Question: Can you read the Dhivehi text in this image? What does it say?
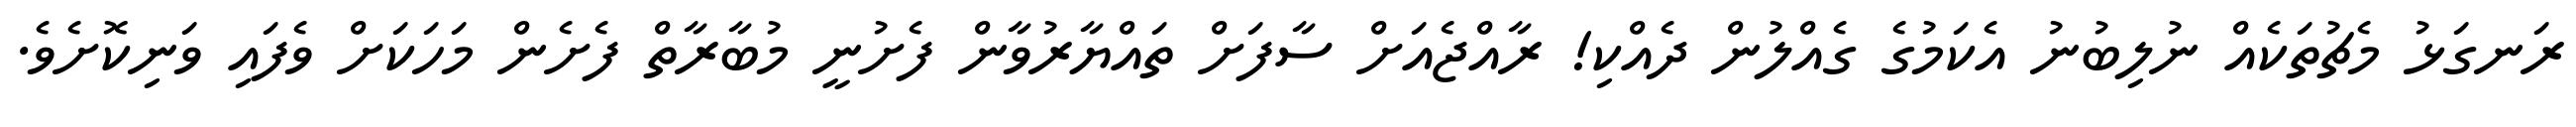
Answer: ރަނގަޅު މެޗުތަކެއް ނުލިބުނު އެކަމުގެ ގެއްލުން ދެއްކި! ރާއްޖެއަށް ސާފަށް ތައްޔާރުވާން ފެށުނީ މުބާރާތް ފެށެން މަހަކަށް ވެފައި ވަނިކޮށެވެ.